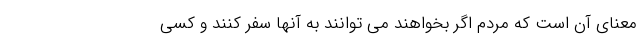
معنای آن است که مردم اگر بخواهند می توانند به آنها سفر کنند و کسی